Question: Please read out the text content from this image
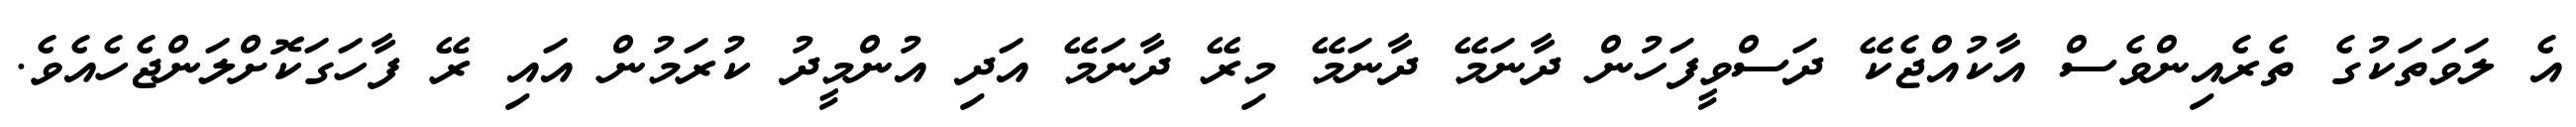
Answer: އެ ލަވަތަކުގެ ތެރެއިންވެސް އާކުއްޖެކޭ ދަސްވީފަހުން ދާނަމޭ ދާނަމޭ މިރޭ ދާނަމޭ އަދި އުންމީދު ކުރަމުން އައި ރޭ ފާހަގަކޮށްލަންޖެހެއެވެ.